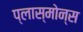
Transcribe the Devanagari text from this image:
प्लास्मोन्स